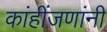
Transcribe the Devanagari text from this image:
कांहींजणांनी